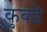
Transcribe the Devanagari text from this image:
कुबडे